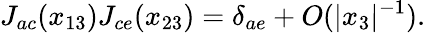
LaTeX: J_{ac}(x_{13})J_{ce}(x_{23})=\delta_{ae}+O(|x_{3}|^{-1}).